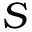
S